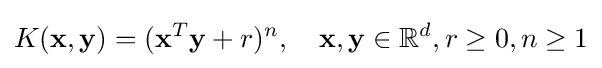
K(\mathbf {x} ,\mathbf {y} )=(\mathbf {x} ^{T}\mathbf {y} +r)^{n},\quad \mathbf {x} ,\mathbf {y} \in \mathbb {R} ^{d},r\geq 0,n\geq 1